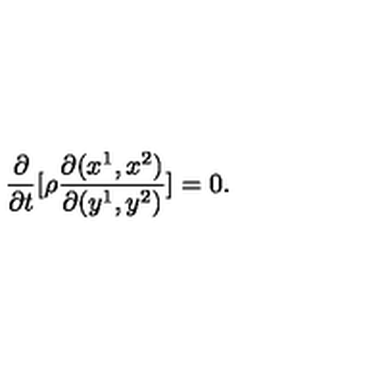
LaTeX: \frac { \partial } { \partial t } [ \rho \frac { \partial ( x ^ { 1 } , x ^ { 2 } ) } { \partial ( y ^ { 1 } , y ^ { 2 } ) } ] = 0 .